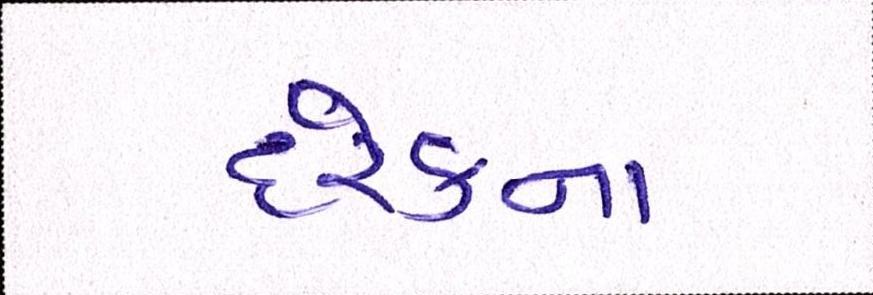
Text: દરેકના